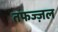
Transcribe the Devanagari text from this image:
तफज्ज़ल